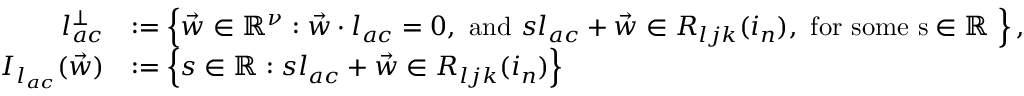
\begin{array} { r l } { l _ { a c } ^ { \perp } } & { : = \left\{ \vec { w } \in \mathbb { R } ^ { \nu } : \vec { w } \cdot l _ { a c } = 0 , \mathrm { ~ a n d ~ } s l _ { a c } + \vec { w } \in R _ { l j k } ( i _ { n } ) , \mathrm { ~ f o r ~ s o m e ~ s \in \mathbb { R } ~ } \right\} , } \\ { I _ { l _ { a c } } ( \vec { w } ) } & { : = \left\{ s \in \mathbb { R } : s l _ { a c } + \vec { w } \in R _ { l j k } ( i _ { n } ) \right\} } \end{array}